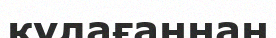
құлағаннан